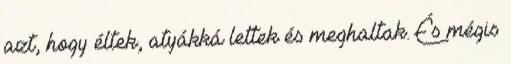
azt, hogy éltek, atyákká lettek és meghaltak. És mégis